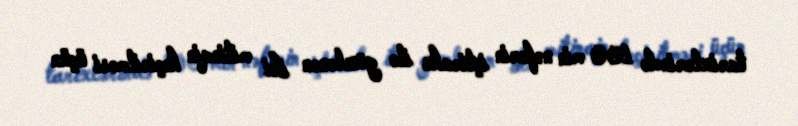
tarixlərində 100 min nəfərin iştirakı ilə gözlənən iki mitinqin keçirilməsi üçün